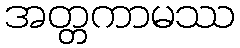
အတ္တကာမဿ